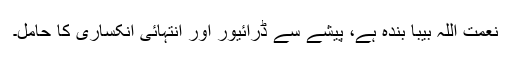
نعمت اللہ بیبا بندہ ہے، پیشے سے ڈرائیور اور انتہائی انکساری کا حامل۔